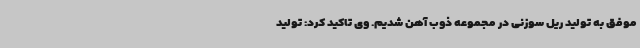
موفق به تولید ریل سوزنی در مجموعه ذوب آهن شدیم. وی تاکید کرد: تولید